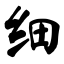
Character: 细